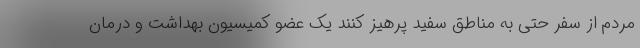
مردم از سفر حتی به مناطق سفید پرهیز کنند یک عضو کمیسیون بهداشت و درمان